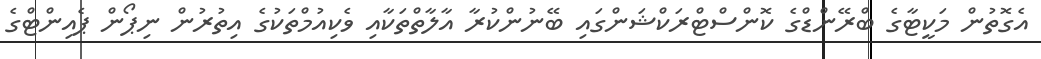
އެގޮތުން މަކީޓާގެ ބްރޭންޑްގެ ކޮންސްޓްރަކްޝަންގައި ބޭނުންކުރާ އާލާތްތަކާއި ވެކިއުމްތަކުގެ އިތުރުން ނިޕޯން ޕެއިންޓްގެ